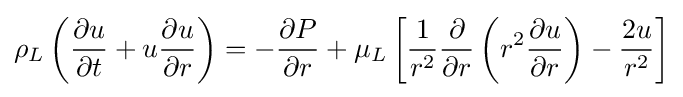
\rho _{L}\left({\frac {\partial u}{\partial t}}+u{\frac {\partial u}{\partial r}}\right)=-{\frac {\partial P}{\partial r}}+\mu _{L}\left[{\frac {1}{r^{2}}}{\frac {\partial }{\partial r}}\left(r^{2}{\frac {\partial u}{\partial r}}\right)-{\frac {2u}{r^{2}}}\right]